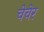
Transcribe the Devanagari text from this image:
चेचेर